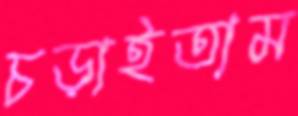
চড়াইতাম